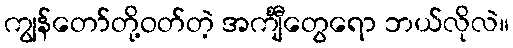
ကျွန်တော်တို့ဝတ်တဲ့ အင်္ကျီတွေရော ဘယ်လိုလဲ။